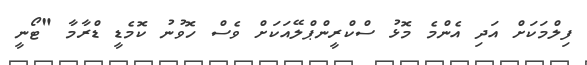
ފިލްމަކަށް އަދި އެންމެ މޮޅު ސްކްރީންޕްލޭއަކަށް ވެސް ހޮވުނު ކޮމެޑީ ޑްރާމާ "ޓޯނީ